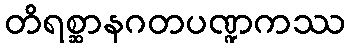
တိရစ္ဆာနဂတပဏ္ဍကဿ